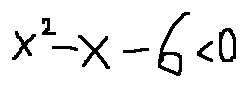
x ^ { 2 } - x - 6 < 0